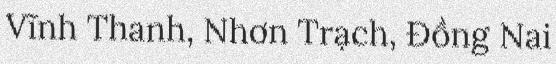
Vĩnh Thanh, Nhơn Trạch, Đồng Nai